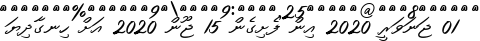
01 ޖަނަވަރީ 2020 އިން ފެށިގެން 15 ޖޫން 2020 އަށް ހިނގާދިޔަ